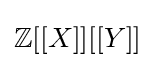
\mathbb {Z} [[X]][[Y]]